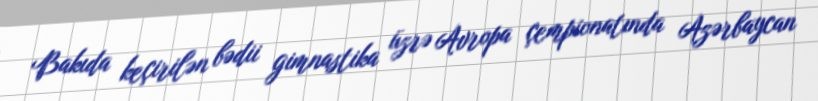
Bakıda keçirilən bədii gimnastika üzrə Avropa çempionatında Azərbaycan